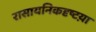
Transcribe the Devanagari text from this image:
रासायनिकदृष्टय़ा